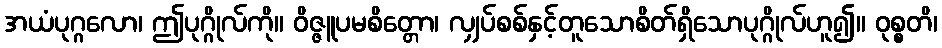
အယံပုဂ္ဂလော၊ ဤပုဂ္ဂိုလ်ကို။ ဝိဇ္ဇူပမစိတ္တော၊ လျှပ်စစ်နှင့်တူသောစိတ်ရှိသောပုဂ္ဂိုလ်ဟူ၍။ ဝုစ္စတိ၊